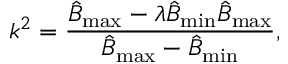
k ^ { 2 } = \frac { \hat { B } _ { \mathrm { m a x } } - \lambda \hat { B } _ { \mathrm { m i n } } \hat { B } _ { \mathrm { m a x } } } { \hat { B } _ { \mathrm { m a x } } - \hat { B } _ { \mathrm { m i n } } } ,